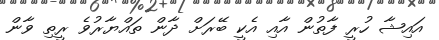
އައިޝާ ހުރީ ފާތުން އާއި އެކީ ބޭރަށް ދާން ތައްޔާރުވެ ރީތި ވާން